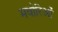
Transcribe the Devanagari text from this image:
मवोरिओं